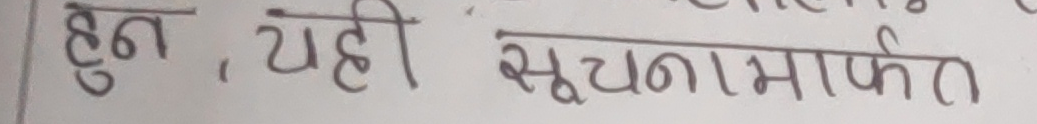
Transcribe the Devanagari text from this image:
हुन, यही सूचनामाफत